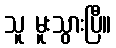
သူ မူးသွားပြီ။